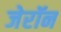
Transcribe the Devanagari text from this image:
जेरॉन